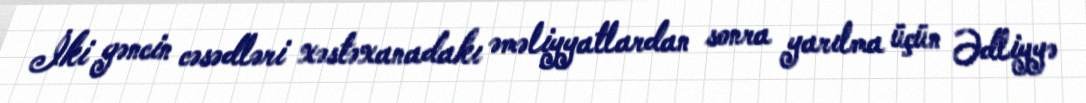
İki gəncin cəsədləri xəstəxanadakı əməliyyatlardan sonra yarılma üçün Ədliyyə